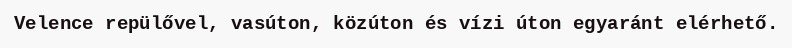
Velence repülővel, vasúton, közúton és vízi úton egyaránt elérhető.